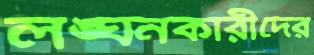
লঙ্ঘনকারীদের